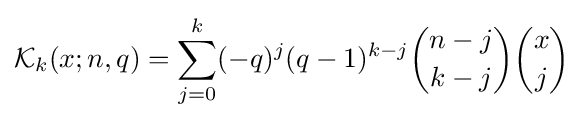
{\mathcal {K}}_{k}(x;n,q)=\sum _{j=0}^{k}(-q)^{j}(q-1)^{k-j}{\binom {n-j}{k-j}}{\binom {x}{j}}